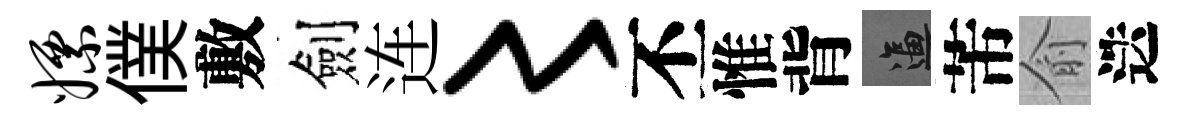
嫖僕敷劍连〻丕惟背逼芾俞迭